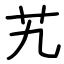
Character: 艽